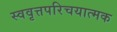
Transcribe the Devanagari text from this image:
स्ववृत्तपरिचयात्मक